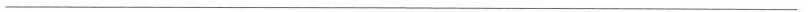
___